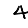
Digit: 4